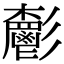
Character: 𩰧